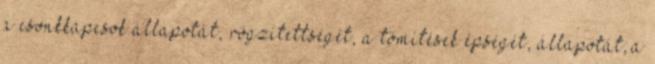
a csonkkapcsok állapotát, rögzítettségét, a tömítések épségét, állapotát; a